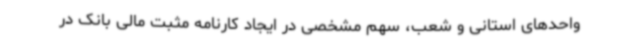
واحدهای استانی و شعب، سهم مشخصی در ایجاد کارنامه مثبت مالی بانک در